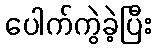
ပေါက်ကွဲခဲ့ပြီး